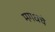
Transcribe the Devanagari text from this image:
मगधचे